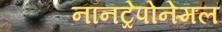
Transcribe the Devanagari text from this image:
नॉनट्रेपोनेमल